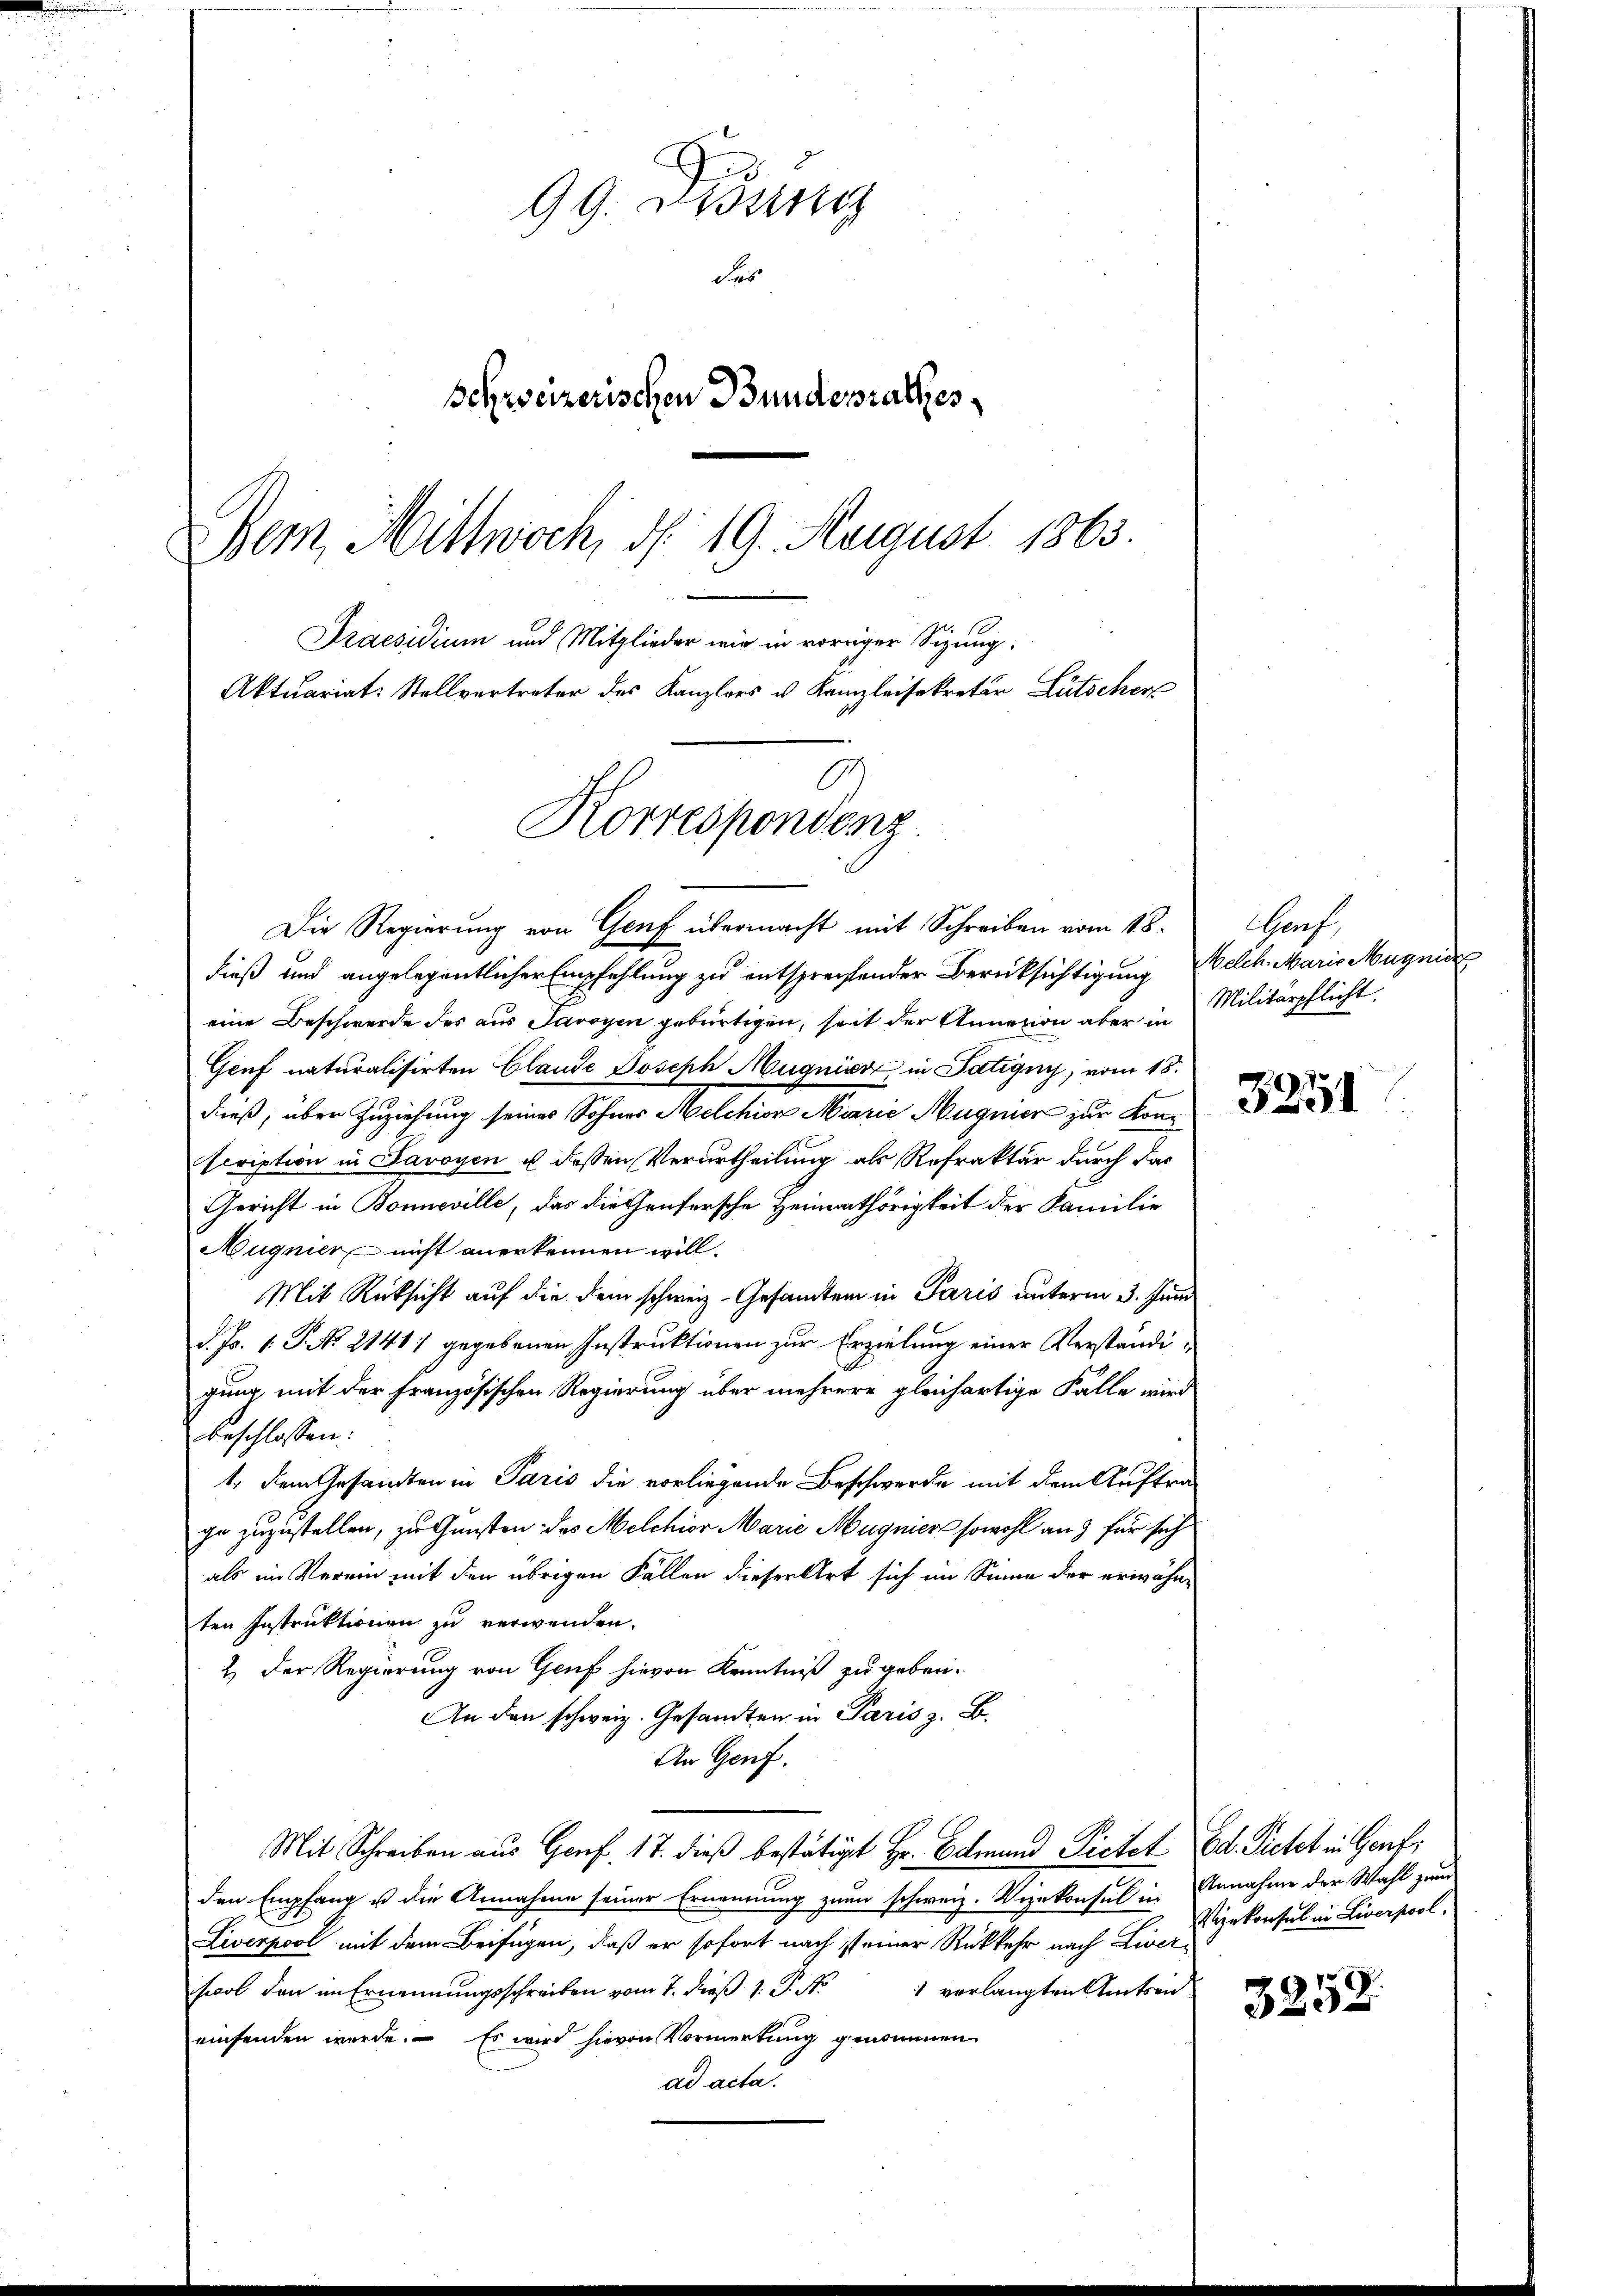
99. Disung
das
Schreizerischen Bundesrathes
Bern, Mittwoch, d. 19. August 1863.
Praesidium und Mitglieder wir in vorriger Sizung.
Aktuariat-Stellvertreter des Kanzlers u. Kanzleisekretär Lütscher

Korrespondenz

Die Regierung von Genf übermacht mit Schreiben vom 18.
dieß und angelegentlicher Empfehlung zu entsprechtender Berücksichtigung Welch. Maris Magnie
eine Beschwerde des aus Savoyen gebürtigen, seit der Annexion aber in Militärpflicht
Genf naturalisirten Claude Joseph Mugnisse in Satigny, vom 18.
dieß, über Zuziehung seines Sohnes Melchior Marie Magnier zur Konscription in Savoyen u dessen Verurtheilung als Refrakter durch das
Gericht in Bonneville, das Diethenfersche Heimathörigkeit der Familie
Mugnier nicht anerkennen will.
Mit Rücksicht auf die dem schweiz. Gesandten in Paris unterm 3. Juni
d. Js. 1. P. No. 2141) gegebenen Instruktionen zur Erzielung einer Verständigung mit der Französischen Regierung über mehrere gleichartige Fälle wird
beschlossen:
1., dem Gesandten in Paris die vorliegende Beschwerde mit dem Auftrage zuzustellen, zu Gunsten des Melchior Marie Magnier sowohl an 3 für sich
als im Verein mit den übrigen Fallen dieser Art sich im Sinne der erwähnten Instruktionen zu verwenden.
2.) Der Regierung von Genf hievon Kenntniß zu geben.
An den schweiz. Gesandten in Paris z. B.
An Genf.
Mit Schreiben aus Genf 17. dieß bestätigt Hr. Bemand Pietet Ed. Pietet in Genfi
den Empfang u die Annahme seiner Ernennung zum schweiz. Vizekonsul in Annahme der Wahl zum
Liverpool mit dem Beifügen, daß er sofort nach ist einer Rückkehr nach Livers
sool den an Ernennungsschreiben vom 7. dieß 1: P. Nr. 1 verlangten Amtsaneinsenden werde. Es wird hievon Vormerkung genommen
ad acta.

Hanf,

3251

Vizekonsul in Liverpool.

3258.